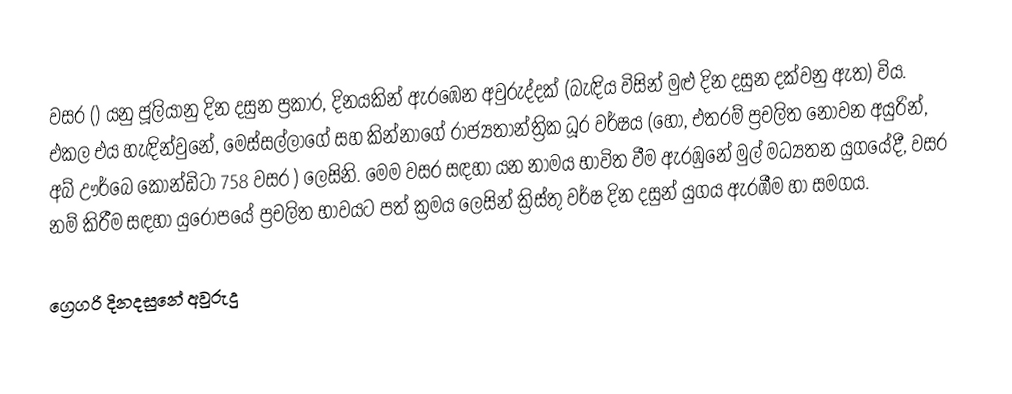

වසර   () යනු  ජූලියානු දින දසුන ප්‍රකාර,    දිනයකින් ඇරඹෙන  අවුරුද්දක්   (බැඳිය විසින් මුළු දින දසුන දක්වනු ඇත)  විය. එකල එය හැඳින්වුනේ, මෙස්සල්ලාගේ සහ  කින්නාගේ රාජ්‍යතාන්ත්‍රික  ධූර වර්ෂය  (හෝ, එතරම් ප්‍රචලිත නොවන අයුරින්,  අබ් ඌර්බෙ කෝන්ඩිටා 758   වසර  ) ලෙසිනි. මෙම වසර සඳහා   යන නාමය භාවිත වීම ඇරඹුනේ මුල් මධ්‍යතන යුගයේදී, වසර නම් කිරීම සඳහා යුරෝපයේ ප්‍රචලිත භාවයට පත් ක්‍රමය ලෙසින් ක්‍රිස්තු වර්ෂ දින දසුන් යුගය ඇරඹීම හා සමගය.

ග්‍රෙගරි දිනදසුනේ අවුරුදු